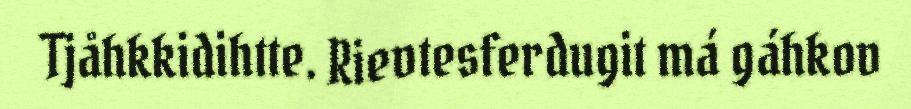
Tjåhkkidihtte. Rievtesferdugit má gáhkov